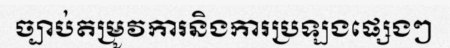
ច្បាប់តម្រូវការនិងការប្រឡងផ្សេងៗ